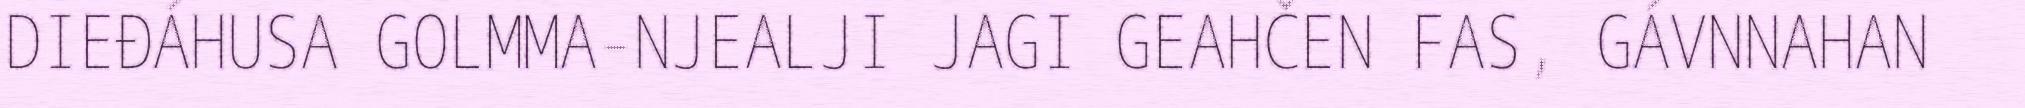
DIEĐÁHUSA GOLMMA-NJEALJI JAGI GEAHČEN FAS, GÁVNNAHAN